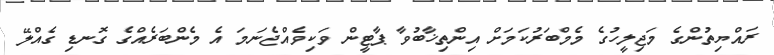
ރައްޔިތުންގެ މަޖިލީހުގެ މެމްބަރުކަމަށް އިންތިޚާބުވާ ޕާޓީން ވަކިވެއްޖެނަމަ އެ މެންބަރެއްގެ ގޮނޑި ގެއްލޭ